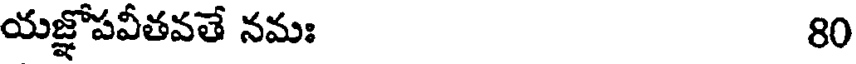
యజ్ఞోపవీతవతే నమః 80